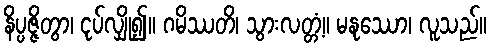
နိပ္ပဇ္ဇိတွာ၊ ငုပ်လျှို၍။ ဂမိဿတိ၊ သွားလတ္တံ့။ မနုဿော၊ လူသည်။